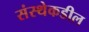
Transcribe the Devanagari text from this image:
संस्थेकडील